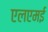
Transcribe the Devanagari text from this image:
एलएमई